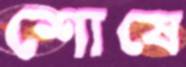
শোষে